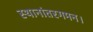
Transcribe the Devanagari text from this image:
स्थानांतरगमन।